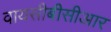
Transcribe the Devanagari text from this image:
वायसीबीसीआर